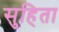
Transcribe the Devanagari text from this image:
सुहिता